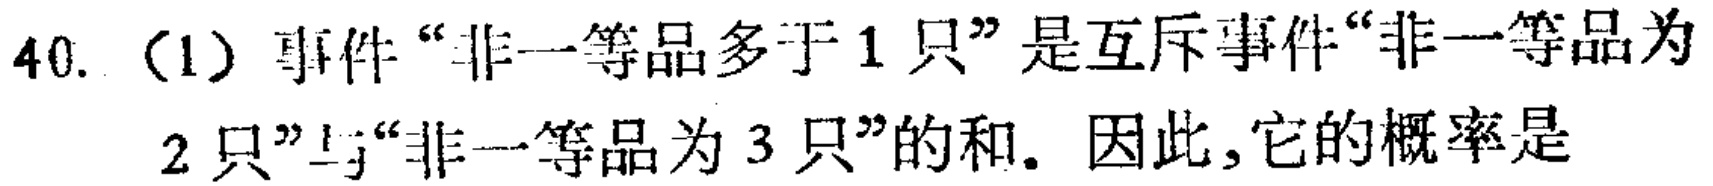
40. (1) 事件“非一等品多于 1 只”是互斥事件“非一等品为2 只”与“非一等品为 3 只”的和. 因此,它的概率是